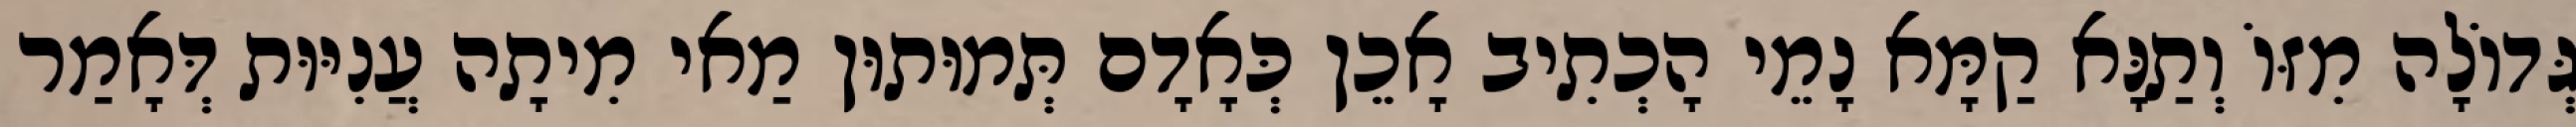
גְּדוֹלָה מִזּוֹ וְתַנָּא קַמָּא נָמֵי הָכְתִיב אָכֵן כְּאָדָם תְּמוּתוּן מַאי מִיתָה עֲנִיּוּת דְּאָמַר